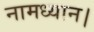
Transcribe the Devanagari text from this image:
नामध्यान।